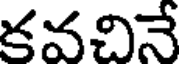
కవచినే